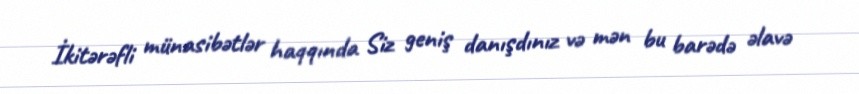
İkitərəfli münasibətlər haqqında Siz geniş danışdınız və mən bu barədə əlavə